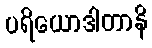
ပရိယောဒါတာနိ